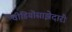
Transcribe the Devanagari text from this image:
वीडियॊसाझेदारी